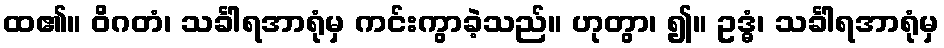
ထ၏။ ဝိဂတံ၊ သင်္ခါရအာရုံမှ ကင်းကွာခဲ့သည်။ ဟုတွာ၊ ၍။ ဥဒ္ဓံ၊ သင်္ခါရအာရုံမှ